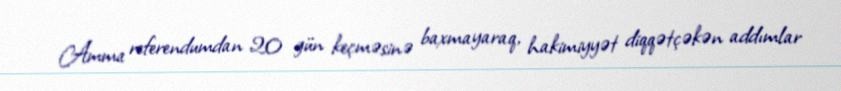
Amma referendumdan 20 gün keçməsinə baxmayaraq, hakimiyyət diqqətçəkən addımlar